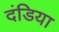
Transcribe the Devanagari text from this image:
दंडिया